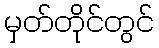
မှတ်တိုင်တွင်